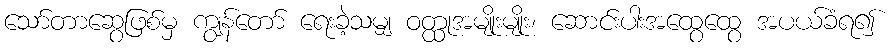
သော်တာဆွေဖြစ်မှ ကျွန်တော် ရေးခဲ့သမျှ ဝတ္ထုအမျိုးမျိုး၊ ဆောင်းပါးအထွေထွေ အပယ်ခံရ၍